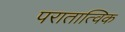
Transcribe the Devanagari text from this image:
परातात्विक